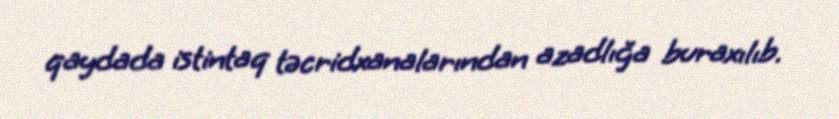
qaydada istintaq təcridxanalarından azadlığa buraxılıb.